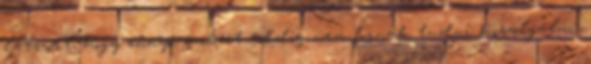
látszott, hogy ennyi embert eddig nem fognak tudni kiszolgálni.